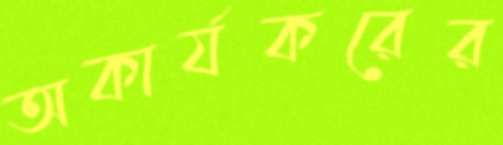
অকার্যকরের